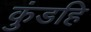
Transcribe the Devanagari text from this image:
कुंडहि